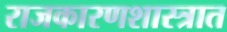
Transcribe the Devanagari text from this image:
राजकारणशास्त्रात